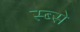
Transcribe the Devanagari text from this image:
स्ब्से